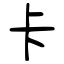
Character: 卡